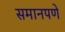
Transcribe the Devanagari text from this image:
समानपणे